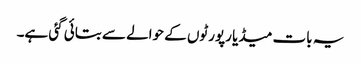
یہ بات میڈیا رپورٹوں کے حوالے سے بتائی گئی ہے۔